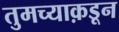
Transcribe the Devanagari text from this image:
तुमच्याक़डून